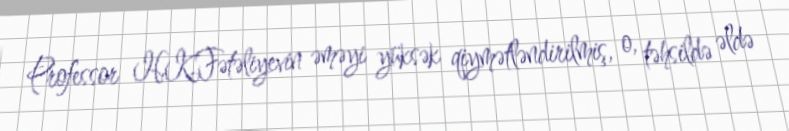
Professor H.K.Fətəliyevin əməyi yüksək qiymətləndirilmiş, o, təhsildə əldə